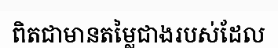
ពិតជាមានតម្លៃជាងរបស់ដែល